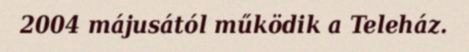
2004 májusától működik a Teleház.